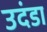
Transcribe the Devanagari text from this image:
उदंडा